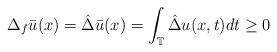
LaTeX: \begin{align*}\Delta_{f} \bar u (x) = \hat \Delta \bar u (x)= \int_{\mathbb{T}} \hat \Delta u (x,t) dt \geq 0\end{align*}